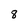
Character: 8